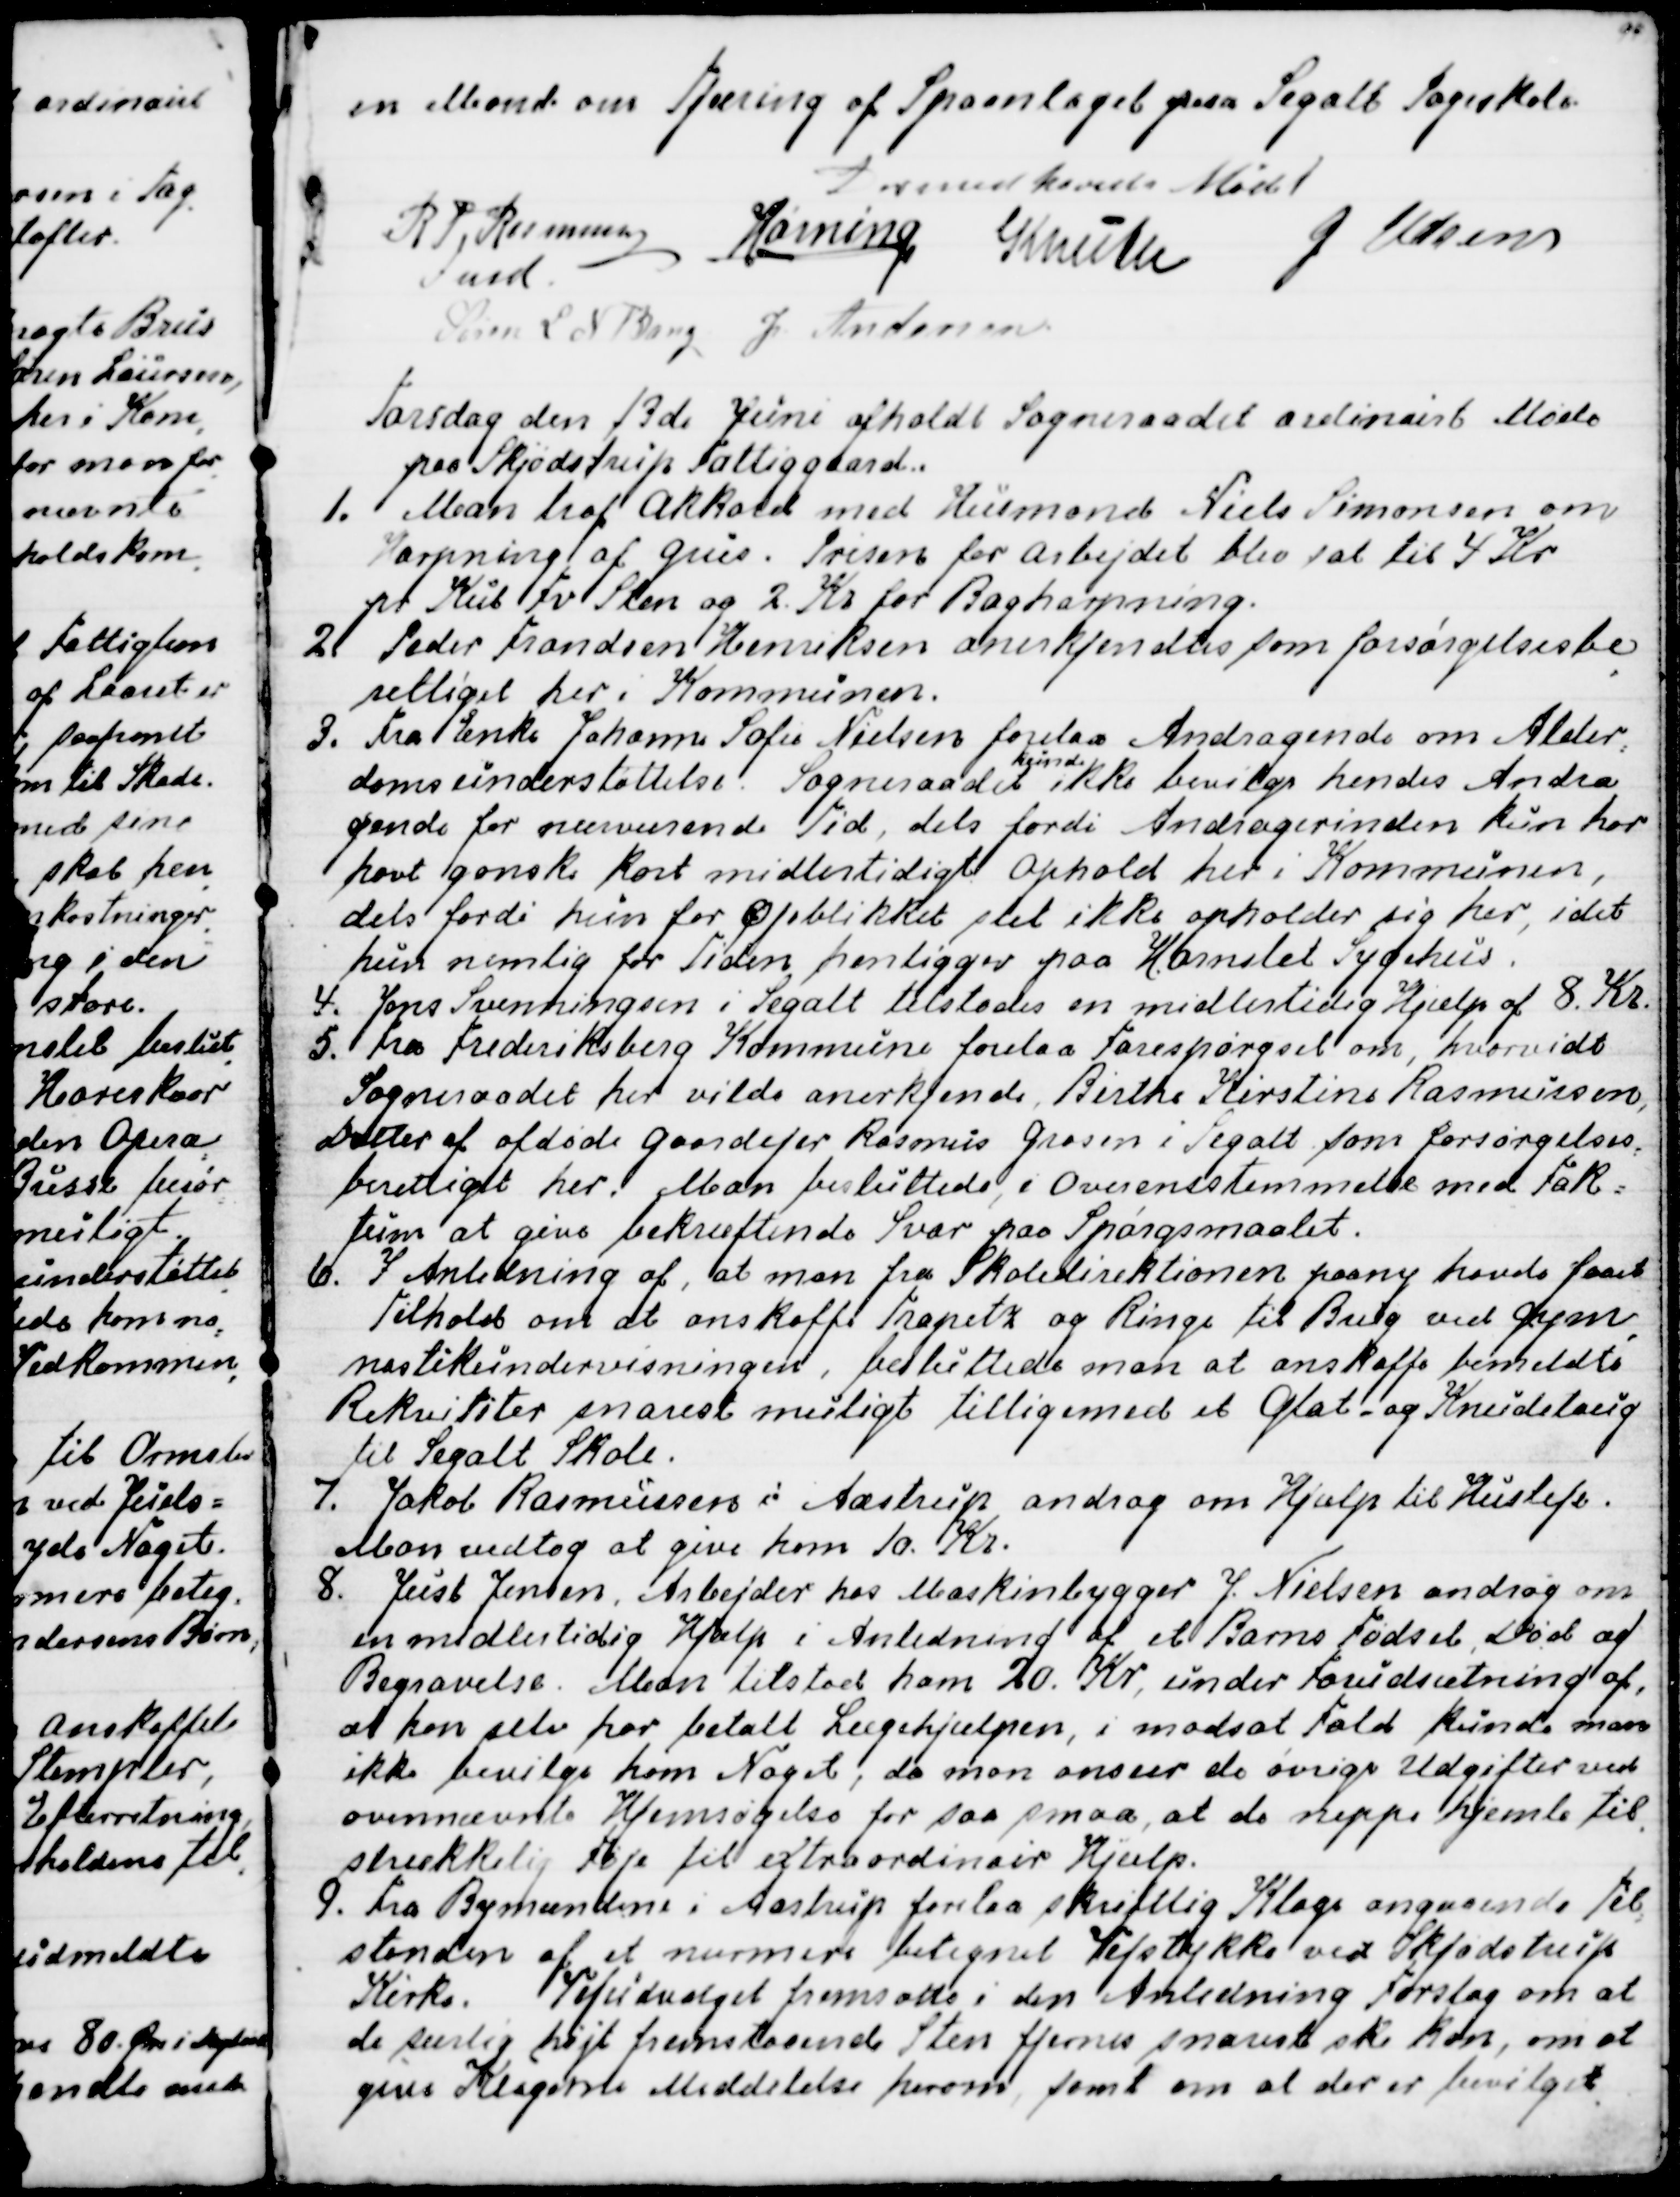
Transskription:
en Mand om Tjæring af Spaanlaget paa Segalt Pogeskole.
Dermed hævedes Mødet
R P Rasmussen
Fmd
Hørning
Knuth
J Udsen
Simon L N Bang
J Andersen

Torsdag den 13de Juni afholdt Sogneraadet ordinairt Møde
paa Skjødstrup Fattiggaard.
1. Man traf Akkord med Husmand Niels Simonsen om
Harpning af Grus. Prisen for Arbejdet blev sat til 4 Kr
pr Kub Fv Sten og 2 Kr for Bagharpning.
2. Peder Frandsen Henriksen anerkjendtes som forsørgelsesbe
-
rettiget her i Kommunen.
3. Fra Enke Johanne Sofie Nielsen forelaa Andragende om Alder
-
domsunderstøttelse. Sogneraadet 
kunde
ikke bevilge hendes Andra
gende for nuværende Tid, dels fordi Andragerinden kun har
havt ganske kort midlertidigt Ophold her i Kommunen,
dels fordi hun for Øjeblikket slet ikke opholder sig her, idet
hun nemlig for Tiden henligger paa Hornslet Sygehus.
4. Jens Svenningsen i Segalt tilstodes en midlertidig Hjelp af 8. Kr.
5. Fra Frederiksberg Kommune forelaa Forespørgsel om, hvorvidt
Sogneraadet her vilde anerkjende, Birthe Kirstine Rasmussen,
Datter af afdøde Gaardejer Rasmus Grosen i Segalt som forsørgelses
-
berettiget her. Man besluttede, i Overensstemmelse med Fak=
tum at give bekræftende Svar paa Spørgsmaalet.

6. I Anledning af, at man fra Skoledirektionen paany havde faaet
Tilhold om at anskaffe Trapetz og Ringe til Brug ved Gym
-
nastikundervisningen, besluttede man at anskaffe bemeldte
Rekvititer snarest muligt tilligemed et Glat- og Knudetaug
til Segalt Skole.
7. Jakob Rasmussen i Aastrup androg om Hjælp til Husleje.
Man vedtog at give ham 10 Kr.
8. Just Jensen, Arbejder hos Maskinbygger J. Nielsen androg om
en midlertidig Hjælp i Anledning af et Barns Fødsel, Død og
Begravelse. Man tilstod ham 20. Kr, under Forudsætning af,
at han selv har betalt Lægehjælpen, i modsat Fald kunde man
ikke bevilge ham Noget, da man anseer de øvrige Udgifter ved
ovennævnte Hjemsøgelse for saa smaa, at de neppe hjemle til
=
strækkelig Føje til extraordinair Hjælp.
9. Fra Bymændene i Aastrup forelaa skriftlig Klage angaaende Til.
-
standen af et nærmere betegnet Vejstykke ved Skjødstrup
Kirke. Vejudvalget fremsatte i den Anledning Forslag om at
de særlig højt fremstaaende Sten fjernes snarest ske kan, om at
give Klagerne Meddelelse herom, samt om at der er bevilget